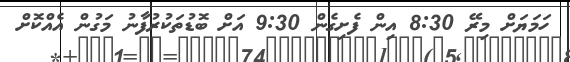
ހަމަޔަށް މިރޭ 8:30 އިން ފެށިގެން 9:30 އަށް ބޮޑުތަކުރުފާނު މަގުން އެއްކޮށް